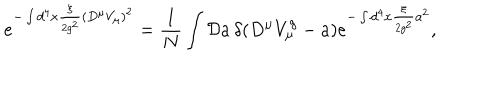
LaTeX: e ^ { - \int d ^ { 4 } x \frac { \xi } { 2 g ^ { 2 } } ( D ^ { \mu } V _ { \mu } ) ^ { 2 } } = \frac { 1 } { N } \int { \cal D } a \, \delta ( D ^ { \mu } V _ { \mu } ^ { g } - a ) e ^ { - \int d ^ { 4 } x \frac { \xi } { 2 g ^ { 2 } } a ^ { 2 } } ,